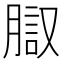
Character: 𰴱